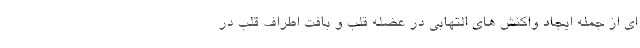
ای از جمله ایجاد واکنش های التهابی در عضله قلب و بافت اطراف قلب در